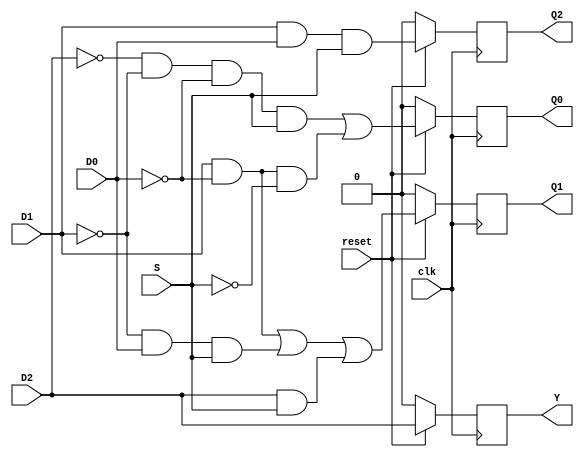
module sequence_1101(Y,Q2,Q1,Q0,S,D2,D1,D0,clk,reset);
	output Y,Q2,Q1,Q0;
	input S,D2,D1,D0,clk,reset;
	reg Y,Q2,Q1,Q0;

	always @ (posedge clk)
	if(~reset)
		begin
			Q2 = 1'b0;
			Q1 = 1'b0;
			Q0 = 1'b0;
			Y  = 1'b0;
		end
	else
		begin
			Q2 = D1&D0&S;
			Q1 = (D1&~D0)|(~D1&D0&S)|(D2&S);
			Q0 = (~D2&~D1&~D0&S)|(D1&~D0&~S);
			Y  = D2;
		end
endmodule